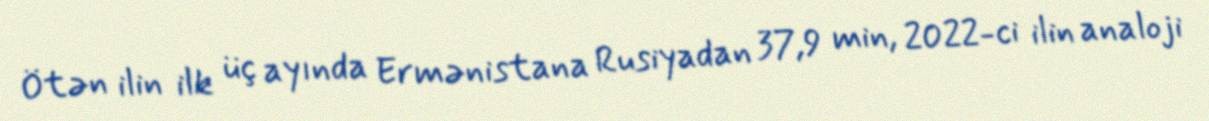
Ötən ilin ilk üç ayında Ermənistana Rusiyadan 37,9 min, 2022-ci ilin analoji